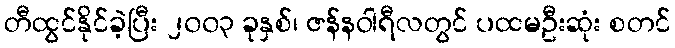
တီထွင်နိုင်ခဲ့ပြီး ၂၀၀၃ ခုနှစ်၊ ဇန်နဝါရီလတွင် ပထမဦးဆုံး စတင်